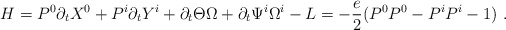
\begin{align*}H=P^0\partial_t X^0+P^i\partial_t Y^i+\partial_t \Theta\Omega+\partial_t \Psi^i\Omega^i-L=-{e\over 2}(P^0P^0-P^iP^i-1)~.\end{align*}